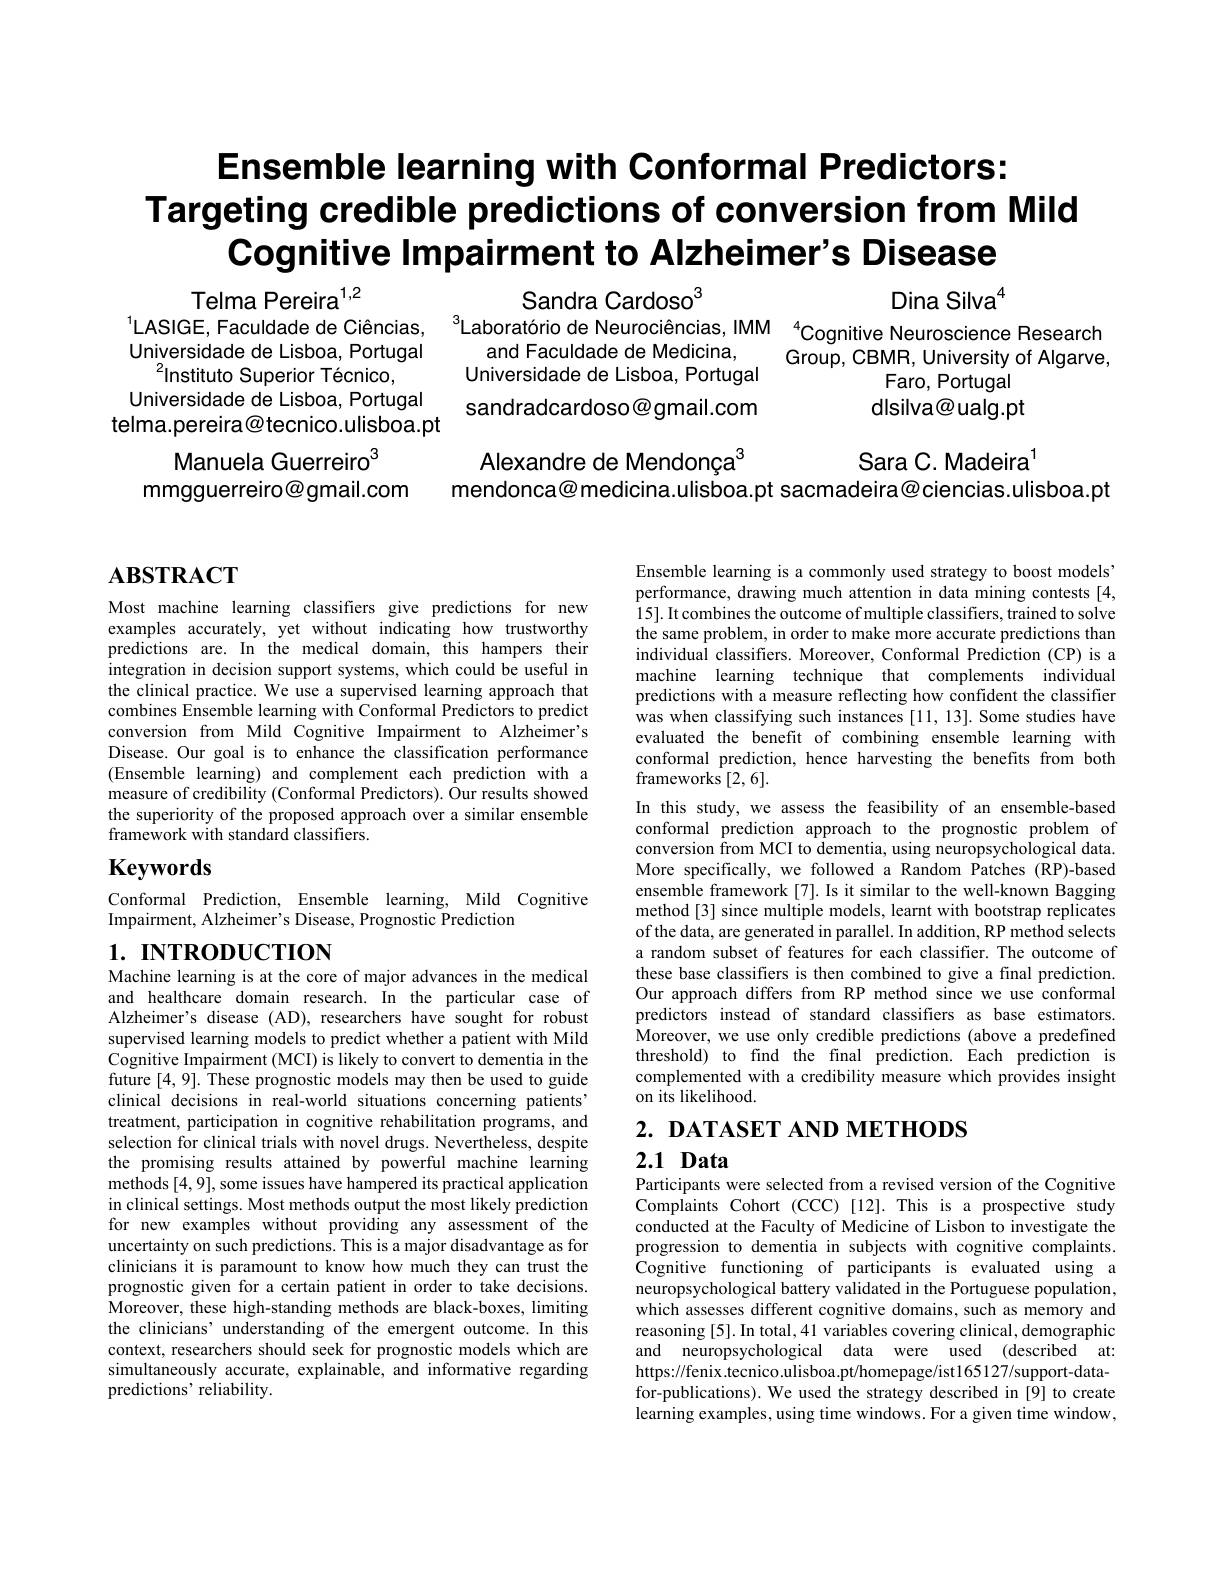
# Ensemble learning with Conformal Predictors: Targeting credible predictions of conversion from Mild Cognitive Impairment to Alzheimer's Disease

Sandra Cardoso$^{3}$
$^{1}$LASIGE, Faculdade de Ciências, $^{3}$Laboratório de Neurociências, IMM $^{4}$Cognitive Neuroscience Research Ilniversidade de lisba Portual and Eand Earudade de Medicina $^{4}$

Dina Silva$^{4}$

Group, CBMR, University of Algarve,

and Faculdade de Medicina,
Universidade de Lisboa, Portugal sandradcardoso@gmail.com

Faro, Portugal

Telma Pereira$^{1,2}$
Universidade de Lisboa, Portugal
$^{2}$Instituto Superior Técnico,
Universidade de Lisboa, Portugal
telma.pereira@tecnico.ulisboa.pt
Manuela Guerreiro$^{3}$
mmgguerreiro@gmail.com

dlsilva@ualg.pt

Alexandre de Mendonça$^{3}$
Sara C. Madeira$^{1}$
mendonca@ medicina.ulisboa.pt sacmadeira@ciencias.ulisboa.pt

# $\mathbf{ABSTRACT}$

Most machine learning classifiers give predictions for new examples accurately, yet without indicating how trustworthy predictions are. In the medical domain, this hampers their integration in decision support systems, which could be useful in the clinical practice. We use a supervised learning approach that combines Ensemble learning with Conformal Predictors to predict conversion from Mild Cognitive Impairment to Alzheimer's Disease. Our goal is to enhance the classification performance (Ensemble learning) and complement each prediction with a measure of credibility (Conformal Predictors). Öur results showed the superiority of the proposed approach over a similar ensemble framework with standard classifiers.

# $\mathbf{Keywords}$

Conformal Prediction, Ensemble learning, Mild Cognitive
Impairment, Alzheimer's Disease, Prognostic Prediction

## $1. \textbf{ INTRODUCTION}$

Machine learning is at the core of major advances in the medical and healthcare domain research. In the particular case of Alzheimer's disease (AD), researchers have sought for robust supervised learning models to predict whether a patient with Mild Cognitive Impairment (MCI) is likely to convert to dementia in the future [4,9]. These prognostic models may then be used to guide clinical decisions in real-world situations concerning patients' treatment, participation in cognitive rehabilitation programs, and selection for clinical trials with novel drugs. Nevertheless, despite the promising results attained by powerful machine learning methods [4,9],some issues have hampered its practical application in clinical settings. Most methods output the most likely prediction for new examples without providing any assessment of the uncertainty on such predictions. This is a major disadvantage as for clinicians it is paramount to know how much they can trust the prognostic given for a certain patient in order to take decisions. Moreover, these high-standing methods are black-boxes, limiting the clinicians' understanding of the emergent outcome. In this context, researchers should seek for prognostic models which are simultaneously accurate, explainable, and informative regarding predictions' reliability.

Ensemble learning is a commonly used strategy to boost models' performance, drawing much attention in data mining contests [4, 15]. It combines the outcome of multiple classifiers, trained to solve the same problem, in order to make more accurate predictions than individual classifiers. Moreover, Conformal Prediction (CP) is a machine learning technique that complements individual predictions with a measure reflecting how confident the classifier was when classifying such instances [11, 13]. Some studies have evaluated the benefit of combining ensemble learning with conformal prediction, hence harvesting the benefits from both frameworks [2,6].
In this study, we assess the feasibility of an ensemble-based conformal prediction approach to the prognostic problem of conversion from MCI to dementia, using neuropsychological data. More specifically, we followed a Random Patches (RP)-based ensemble framework[7]. Is it similar to the well-known Bagging method[3] since multiple models, learnt with bootstrap replicates of the data, are generated in parallel. In addition, RP method selects a random subset of features for each classifier. The outcome of these base classifiers is then combined to give a final prediction. Our approach differs from RP method since we use conformal predictors instead of standard classifiers as base estimators. Moreover, we use only credible predictions (above a predefined threshold) to find the final prediction. Each prediction is complemented with a credibility measure which provides insight on its likelihood.
$2. \textbf{ DATASET AND METHODS}$

2.1 Data

Participants were selected from a revised version of the Cognitive Complaints Cohort (CCC)[12].This is a prospective study conducted at the Faculty of Medicine of Lisbon to investigate the progression to dementia in subjects with cognitive complaints. Cognitive functioning of participants is evaluated using a neuropsychological battery validated in the Portuguese population, which assesses different cognitive domains, such as memory and reasoning [5]. In total, 41 variables covering clinical, demographic and neuropsychological data were used (described at https://fenix.tecnico.ulisboa.pt/homepage/ist165127/support-datafor-publications). We used the strategy described in [9] to create learning examples, using time windows. For a given time window,